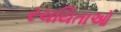
રચયિતાઓ